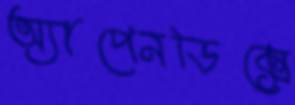
অ্যাপেনডিক্সে